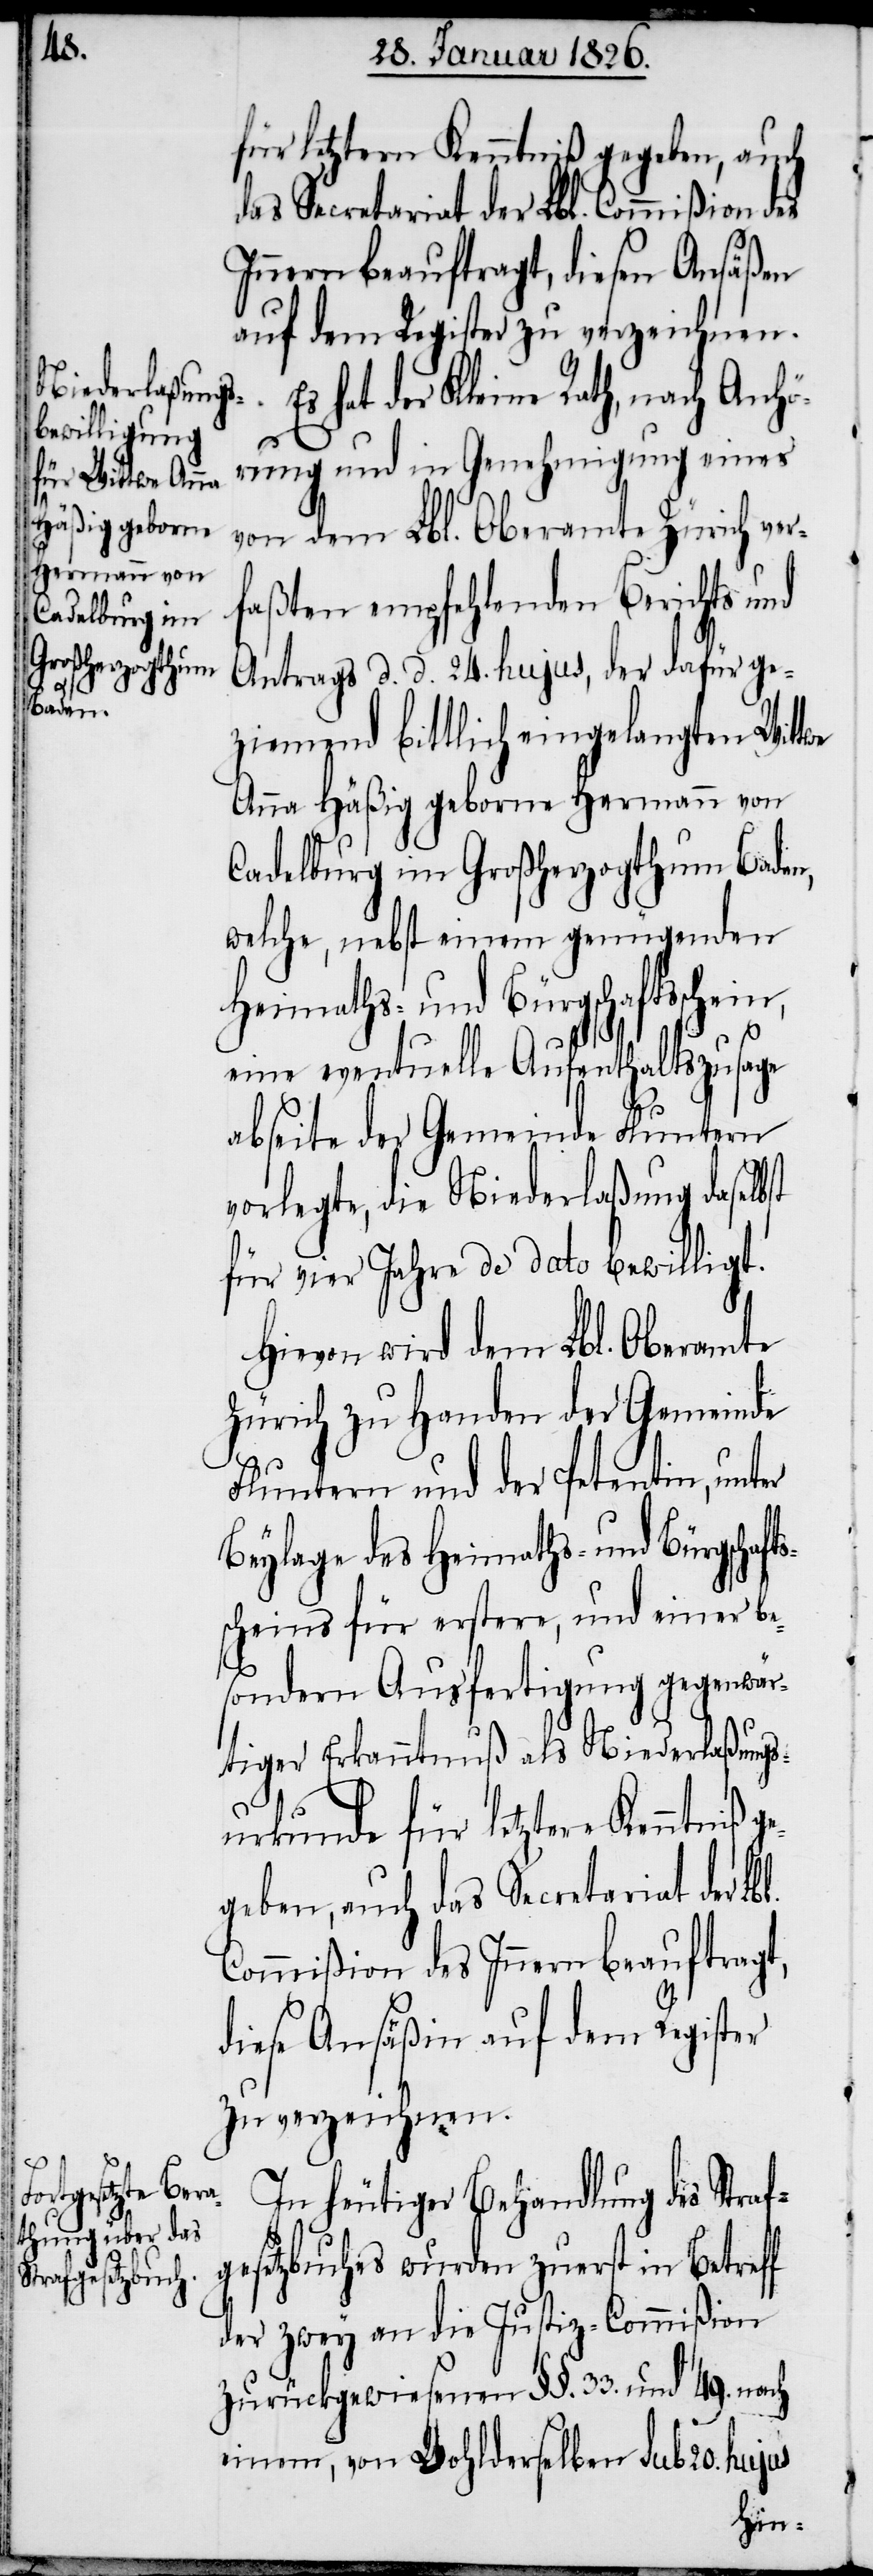
für letztere Kenntniß gegeben, auch
das Secretariat der Lbl. Commißion des
Innern beauftragt, diese Ansäßin
auf dem Register zu verzeichnen.
hat der Kleine Rath, nach Anhö¬
s¬
rung und in Genehmigung eines
von dem Lbl. Oberamte Zürich verf¬
aßten empfehlenden Berichts und
Antrags d. d. 24. hujus, der dafür ge¬
ziemend bittlich eingelangten Wittwe
Anna Häßig geborne Hermann von
Cadelburg im Großherzogthum Baden,
welche, nebst einem genügenden
Heimaths- und Bürgschaftsschein,
eine eventuelle Aufenthaltszusage
abseite der Gemeinde Fluntern
vorlegte, die Niederlaßung daselbst
für vier Jahre de dato bewilligt.
Hievon wird dem Lbl. Oberamte
Zürich zu Handen der Gemeinde
Fluntern und der Petentin, unter
Beylage des Heimaths– und Bürgschaft¬
scheins für erstere, und einer be¬
sondern Ausfertigung gegenwär¬
tiger Erkanntnuß als Niederlaßungs¬
In heutiger Behandlung des Straf¬
urkunde
gesetzbuches wurden zuerst in Betreff
der zwey an die Justiz-Commißion
zurückgewiesenen §§. 33. und 49. nach
einem, von Wohlderselben sub 20. hujus